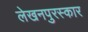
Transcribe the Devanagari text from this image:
लेखनपुरस्कार